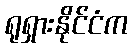
ရုရှားနိုင်ငံက